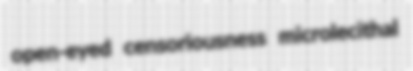
open-eyed censoriousness microlecithal